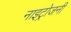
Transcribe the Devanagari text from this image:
नाइट्रोजनी